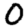
Digit: 0